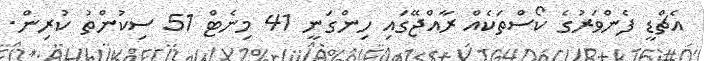
އެޗްޑީ ފެންވަރުގެ ކޯސްތަކެއް ރާއްޖޭގައި ހިންގަނީ 41 މިނެޓް 51 ސިކުންތު ކުރިން.